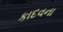
કાદવના